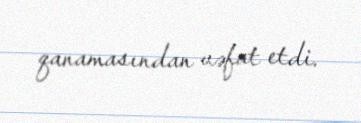
qanamasından vəfat etdi.